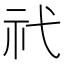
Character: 𥘒